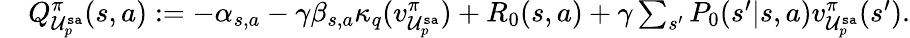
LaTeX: \begin{array}{rl}&{Q_{\mathcal{U}_{p}^{\mathtt{sa}}}^{\pi}(s,a):=-\alpha_{s,a}-\gamma\beta_{s,a}\kappa_{q}(v_{\mathcal{U}_{p}^{\mathtt{sa}}}^{\pi})+R_{0}(s,a)+\gamma\sum_{s^{\prime}}P_{0}(s^{\prime}|s,a)v_{\mathcal{U}_{p}^{\mathtt{sa}}}^{\pi}(s^{\prime}).}\end{array}